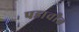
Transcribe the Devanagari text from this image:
पडावीत